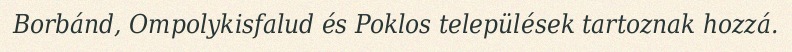
Borbánd, Ompolykisfalud és Poklos települések tartoznak hozzá.